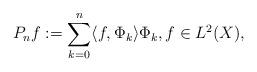
LaTeX: \begin{align*}P_nf:=\sum_{k=0}^n\langle f, \Phi_k\rangle \Phi_k, f\in L^2(X),\end{align*}